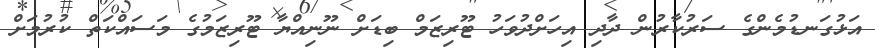
އަޅުގަނޑުމެންގެ ސަރުކާރުން ދާދި އިހަށްދުވަހު ޓޫރިޒަމް ބިޑަށް ނޫނިއްޔާ ޓޫރިޒަމުގެ މަސައްކަތް ކުރުމަށް